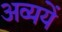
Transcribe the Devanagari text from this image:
अव्ययें